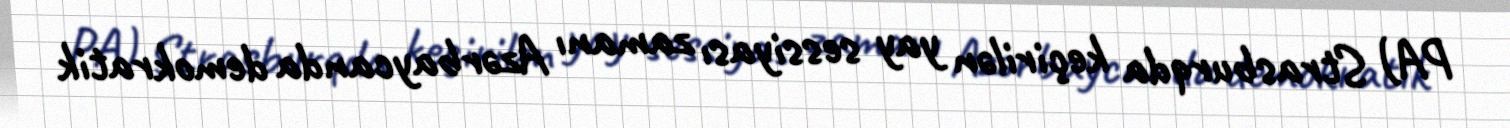
PA) Strasburqda keçirilən yay sessiyası zamanı Azərbaycanda demokratik